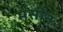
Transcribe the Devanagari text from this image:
मसीन